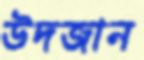
উদজান